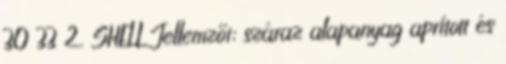
30 33 2. SHELL Jellemzői: száraz alapanyag aprított és